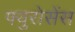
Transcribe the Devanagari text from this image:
फ्युरोसेंस